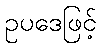
ဥပဒေဖြင့်